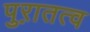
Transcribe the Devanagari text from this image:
पुऱातत्व